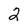
Character: 2